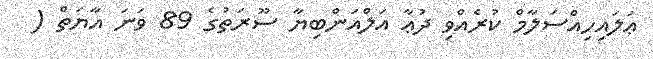
ޢަލައިހިއްސަލާމް ކުރެއްވި ދުޢާ އަލްއަންބިޔާ ސޫރަތުގެ 89 ވަނަ އާޔަތް (